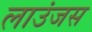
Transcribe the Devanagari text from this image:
लाउंजस